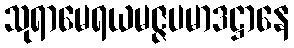
သုရာမေရယမဇ္ဇပမာဒဋ္ဌာနေ